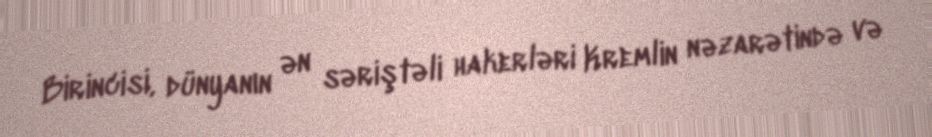
Birincisi, dünyanın ən səriştəli hakerləri Kremlin nəzarətində və